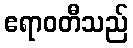
ဧရာဝတီသည်